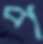
প